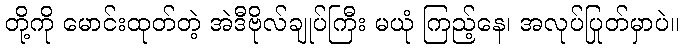
တို့ကို မောင်းထုတ်တဲ့ အဲဒီဗိုလ်ချုပ်ကြီး မယုံ ကြည့်နေ၊ အလုပ်ပြုတ်မှာပဲ။